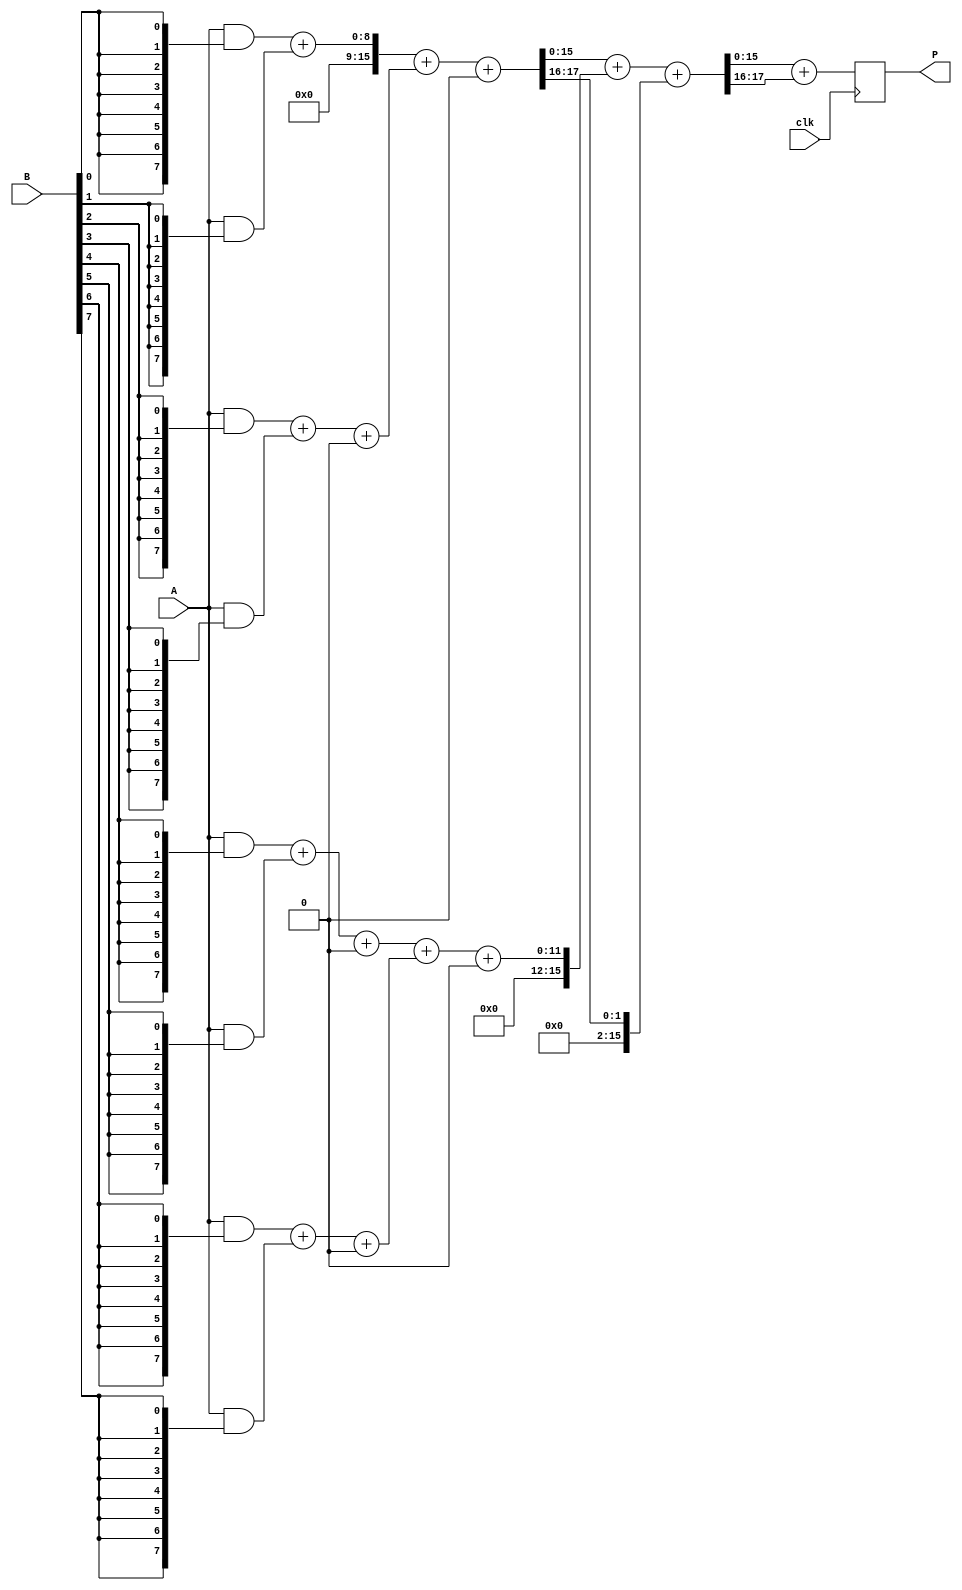
module wallace_tree_multiplier #(parameter n = 8) (
    input clk,
    input [n-1:0] A,
    input [n-1:0] B,
    output reg [2*n-1:0] P
);

    wire [n-1:0] partial_products[n-1:0];
    wire [2*n-1:0] sum_stage1[n/2:0];
    wire [2*n-1:0] carry_stage1[n/2:0];
    wire [2*n-1:0] sum_stage2[n/4:0];
    wire [2*n-1:0] carry_stage2[n/4:0];

    // Generate partial products
    genvar i;
    generate
        for (i = 0; i < n; i = i + 1) begin : pp_gen
            assign partial_products[i] = A & {n{B[i]}};
        end
    endgenerate

    // Stage 1: Combine partial products using Half Adders and Full Adders
    generate
        for (i = 0; i < n/2; i = i + 1) begin : stage1
            if (i == 0) begin
                assign sum_stage1[i] = partial_products[0] + partial_products[1];
                assign carry_stage1[i] = 0;
            end else begin
                wire [2*n-1:0] sum;
                wire [2*n-1:0] carry;
                assign {carry, sum} = partial_products[2*i] + partial_products[2*i + 1] + carry_stage1[i-1];
                assign sum_stage1[i] = sum;
                assign carry_stage1[i] = carry;
            end
        end
    endgenerate

    // Stage 2: Combine results from Stage 1
    generate
        for (i = 0; i < n/4; i = i + 1) begin : stage2
            wire [2*n-1:0] sum;
            wire [2*n-1:0] carry;
            assign {carry, sum} = sum_stage1[2*i] + sum_stage1[2*i + 1] + carry_stage1[i];
            assign sum_stage2[i] = sum;
            assign carry_stage2[i] = carry;
        end
    endgenerate

    // Final addition of the last two rows
    wire [2*n-1:0] final_sum;
    wire [2*n-1:0] final_carry;

    always @(posedge clk) begin
        {final_carry, final_sum} = sum_stage2[0] + sum_stage2[1] + carry_stage2[0];
        P <= final_sum + final_carry;
    end

endmodule